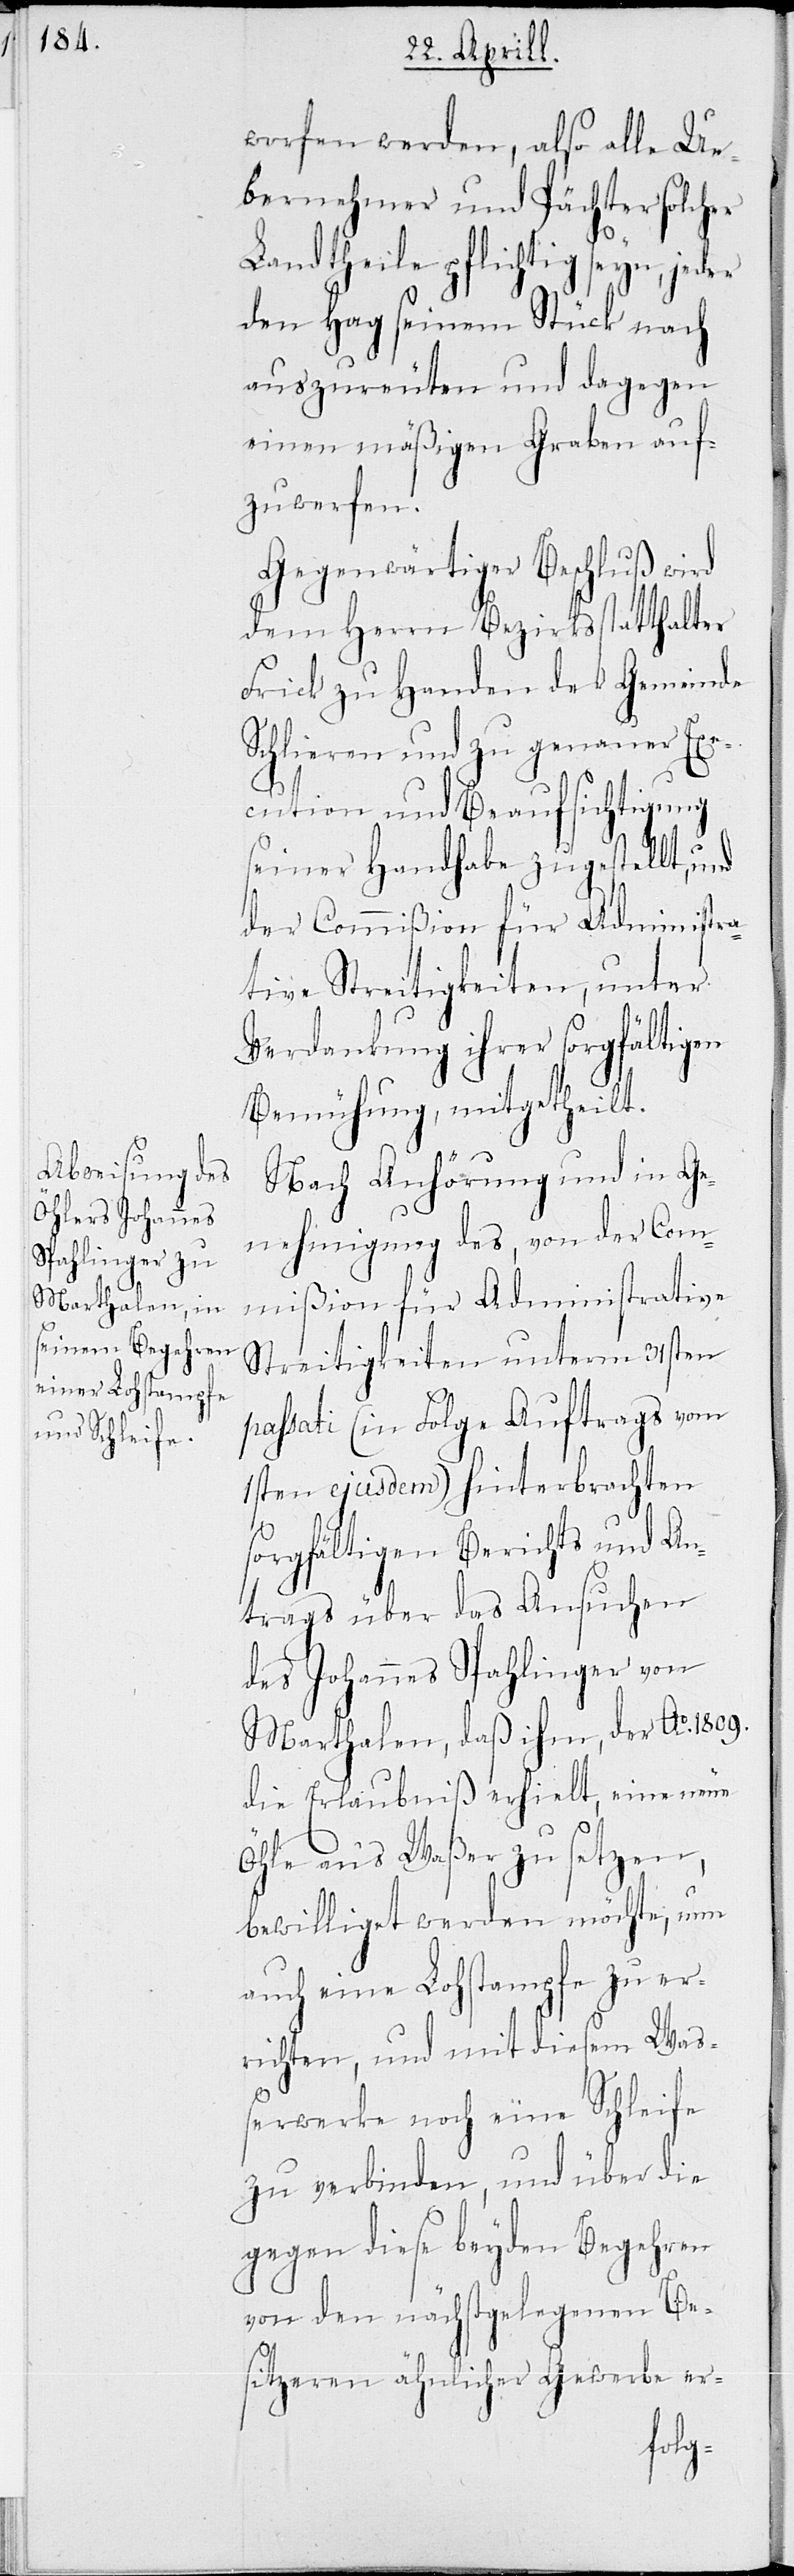
worfen werden, also alle Ü¬
bernehmer und Pächter solcher
Landtheile pflichtig seyn, jeder
den Hag seinem Stück nach
auszureuten und dagegen
einen mäßigen Graben auf¬
zuwerfen.
Gegenwärtiger Beschluß wird
dem Herrn Bezirksstatthalter
Frick zu Handen der Gemeinde
Schlieren und zu genauer Exe¬
cution und Beaufsichtigung
seiner Handhabe zugestellt, und
der Commißion für Administra¬
tive Streitigkeiten, unter
Verdankung ihrer sorgfältigen
Bemühung, mitgetheilt.
Nach Anhörung und in Ge¬
nehmigung des, von der Com¬
mißion für Administrative
Streitigkeiten unterm 31sten
passati (in Folge Auftrags vom
1sten ejusdem) hinterbrachten
sorgfältigen Berichts und An¬
trags über das Ansuchen
des Johannes Spahlinger von
Marthalen, daß ihm, der Ao. 1809
die Erlaubniß erhielt, eine neuen
Öhle aus Waßer zu setzen,
bewilliget werden möchte, nun
auch eine Lohstampfe zu er¬
richten, und mit diesem Wa¬
ßerwerke noch eine Schleife
zu verbinden, und über die
gegen diese beyden Begehren
von den nächstgelegenen Be¬
sitzeren ähnlicher Gewerbe er-